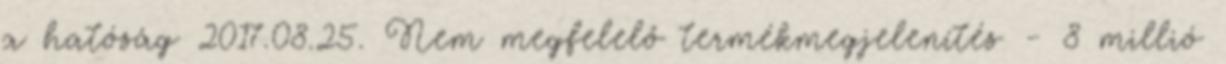
a hatóság 2017.08.25. Nem megfelelő termékmegjelenítés - 8 millió